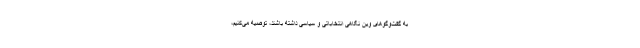
به گفت‌وگوهای وین نگاهی انتخاباتی و سیاسی داشته باشند، توصیه می‌کنیم،